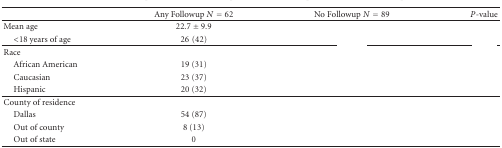
<table><thead><tr><td>[EMPTY_CELL]</td><td><b>Any Followup <i>N</i> = 62</b></td><td><b>No Followup <i>N</i> = 89</b></td><td><b><i>P</i>-value</b></td></tr></thead><tbody><tr><td>Mean age</td><td>22.7 ± 9.9</td><td>[EMPTY_CELL]</td><td>[EMPTY_CELL]</td></tr><tr><td> &lt;18 years of age</td><td>26(42)</td><td>[EMPTY_CELL]</td><td>[EMPTY_CELL]</td></tr><tr><td>Race</td><td>[EMPTY_CELL]</td><td>[EMPTY_CELL]</td><td>[EMPTY_CELL]</td></tr><tr><td> African American</td><td>19 (31)</td><td>[EMPTY_CELL]</td><td>[EMPTY_CELL]</td></tr><tr><td> Caucasian</td><td>23 (37)</td><td>[EMPTY_CELL]</td><td>[EMPTY_CELL]</td></tr><tr><td> Hispanic</td><td>20 (32)</td><td>[EMPTY_CELL]</td><td>[EMPTY_CELL]</td></tr><tr><td>County of residence</td><td>[EMPTY_CELL]</td><td>[EMPTY_CELL]</td><td>[EMPTY_CELL]</td></tr><tr><td> Dallas</td><td>54 (87)</td><td>[EMPTY_CELL]</td><td>[EMPTY_CELL]</td></tr><tr><td> Out of county</td><td>8 (13)</td><td>[EMPTY_CELL]</td><td>[EMPTY_CELL]</td></tr><tr><td> Out of state</td><td>0</td><td>[EMPTY_CELL]</td><td>[EMPTY_CELL]</td></tr></tbody></table>